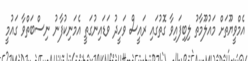
އެމްވީޔޫތަށް މައުލޫމާތު ލިބިފައިވާ ގޮތުގައި ރައީސް ވަހީދު ވަޑައިނުގަތީ އެމަނިކުފާނު ނިސްބަތްވާ ގައުމީ